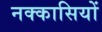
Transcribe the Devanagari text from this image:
नक्‍कासियों